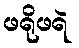
ဖရိုဖရဲ